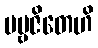
ပဗ္ဗဇိတေဟိ